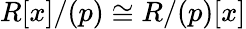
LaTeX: R[x]/(p)\cong R/(p)[x]